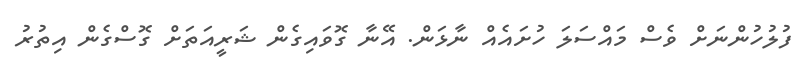
ފުލުހުންނަށް ވެސް މައްސަލަ ހުށައެއް ނާޅަން. އޭނާ ގޮވައިގެން ޝަރީއަތަށް ގޮސްގެން އިތުރު